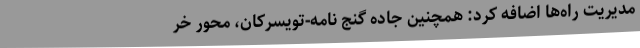
مدیریت راه‌ها اضافه کرد: همچنین جاده گنج نامه-تویسرکان، محور‌‌ خر